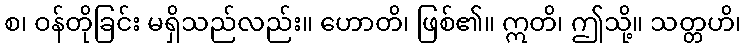
စ၊ ဝန်တိုခြင်း မရှိသည်လည်း။ ဟောတိ၊ ဖြစ်၏။ ဣတိ၊ ဤသို့။ သတ္တဟိ၊